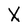
Character: X